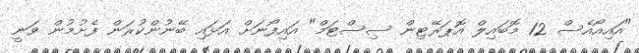
"އައިއޯއެސް 12 މޮބައިލް އޮޕަރޭޓިން ސިސްޓަމް" އައިފޯނަށް އަޅައި ބޭނުންކުރަން ފެށުމުން ވަނީ